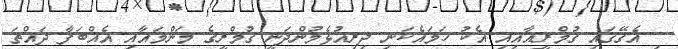
ި އެގޭގައި ގުމްރީއާއިއި އެކު ހަމައެކަނި ދިރިއުޅެމުންދަނީ ގުމްރީގެ މަންމައާއި އެއްބަފާ ދައްތަ